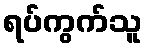
ရပ်ကွက်သူ